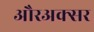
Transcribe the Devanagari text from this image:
औरअक्सर